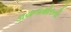
ડાયનાસોરની